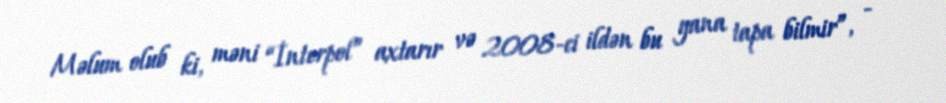
Məlum olub ki, məni “İnterpol” axtarır və 2008-ci ildən bu yana tapa bilmir”, -